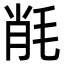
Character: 㲖